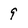
Character: 9